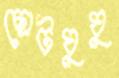
ছোটঘুঘু